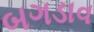
બગડાવ